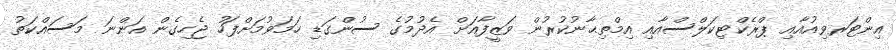
އިންޓަރވިއުއާއި ޕްރެކްޓިކަލްސްއާއި އިމްތިޙާނުކުރުން ވަޒީފާއަށް އެދުމުގެ ސުންގަޑި ހަމަވުމަށްފަހު ޖެހިގެން އަންނަ މަސައްކަތު